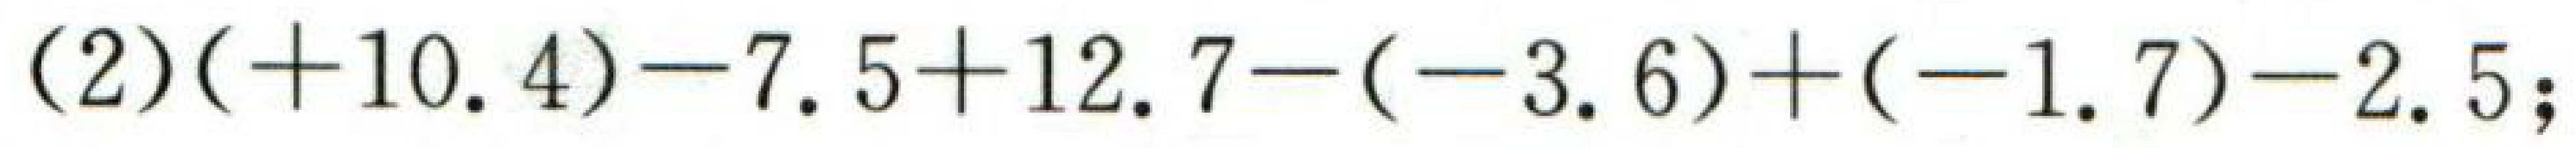
\((2)( + 10.4)-7.5 + 12.7-(-3.6)+(-1.7)-2.5;\)